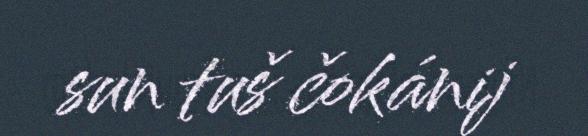
sun tuš čokánij